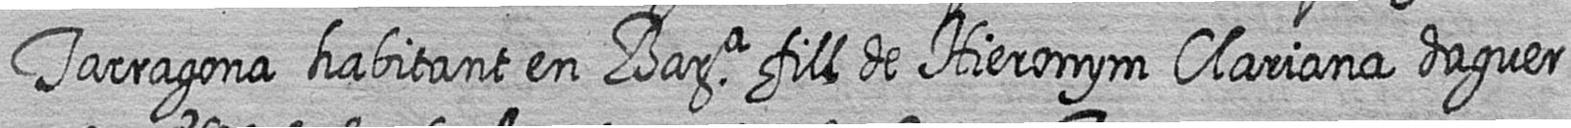
Tarragona habitant en Bara fill de Hieronym Clariana daguer